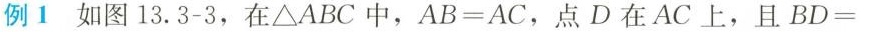
例1如图13.3-3，在△ABC中，AB=AC，点D在AC上，且BD=